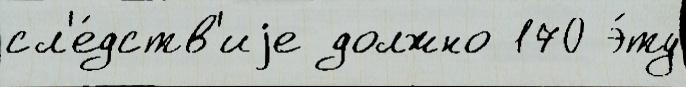
сл'е́дств'иjе должно 170 э́ту